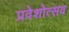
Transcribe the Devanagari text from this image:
प्रवेशोत्सव